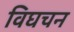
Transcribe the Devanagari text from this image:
विघचन